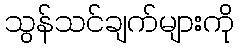
သွန်သင်ချက်များကို